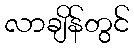
လာချိန်တွင်